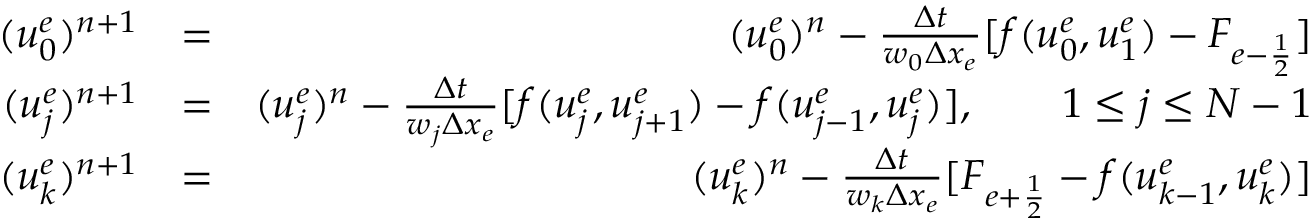
\begin{array} { r l r } { ( u _ { 0 } ^ { e } ) ^ { n + 1 } } & { = } & { ( u _ { 0 } ^ { e } ) ^ { n } - \frac { \Delta t } { w _ { 0 } \Delta x _ { e } } [ f ( u _ { 0 } ^ { e } , u _ { 1 } ^ { e } ) - F _ { e - \frac { 1 } { 2 } } ] } \\ { ( u _ { j } ^ { e } ) ^ { n + 1 } } & { = } & { ( u _ { j } ^ { e } ) ^ { n } - \frac { \Delta t } { w _ { j } \Delta x _ { e } } [ f ( u _ { j } ^ { e } , u _ { j + 1 } ^ { e } ) - f ( u _ { j - 1 } ^ { e } , u _ { j } ^ { e } ) ] , \qquad 1 \le j \le N - 1 } \\ { ( u _ { k } ^ { e } ) ^ { n + 1 } } & { = } & { ( u _ { k } ^ { e } ) ^ { n } - \frac { \Delta t } { w _ { k } \Delta x _ { e } } [ F _ { e + \frac { 1 } { 2 } } - f ( u _ { k - 1 } ^ { e } , u _ { k } ^ { e } ) ] } \end{array}